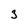
Character: 3